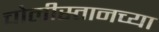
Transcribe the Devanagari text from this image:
चोलीस्तानच्या